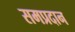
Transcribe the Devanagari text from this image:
समप्रदान